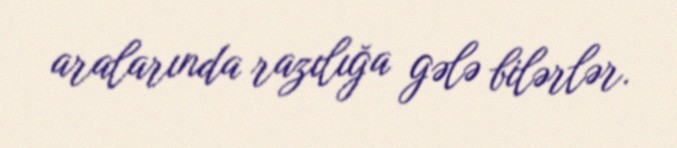
aralarında razılığa gələ bilərlər.